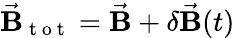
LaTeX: \vec{\mathbf B}_{\mathrm{~t~o~t~}}=\vec{\mathbf B}+\delta\vec{\mathbf{B}}(t)